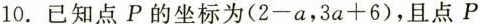
10.已知点P的坐标为($$2 - a$$，$$3 a + 6$$)，且点P